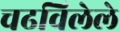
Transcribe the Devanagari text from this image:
चढविलेले